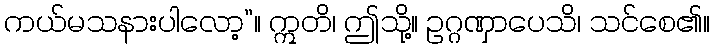
ကယ်မသနားပါလော့”။ ဣတိ၊ ဤသို့။ ဥဂ္ဂဏှာပေသိ၊ သင်စေ၏။